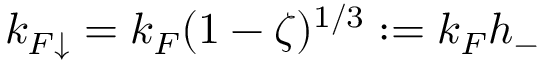
k _ { F \mathord { \downarrow } } = k _ { F } ( 1 - \zeta ) ^ { 1 / 3 } : = k _ { F } h _ { - }